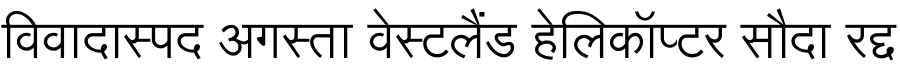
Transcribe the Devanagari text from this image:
विवादास्पद अगस्ता वेस्टलैंड हेलिकॉप्टर सौदा रद्द